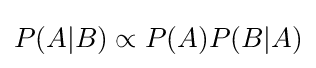
P(A|B)\propto P(A)P(B|A)